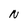
Character: N